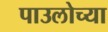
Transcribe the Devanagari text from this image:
पाउलोच्या